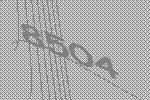
8504